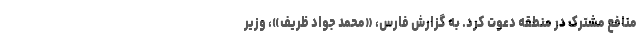
منافع مشترک در منطقه دعوت کرد. به گزارش فارس، «محمد جواد ظریف»، وزیر